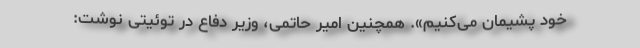
خود پشیمان می‌کنیم». همچنین امیر حاتمی، وزیر دفاع در توئیتی نوشت: